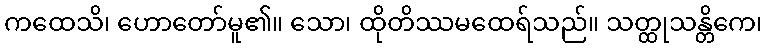
ကထေသိ၊ ဟောတော်မူ၏။ သော၊ ထိုတိဿမထေရ်သည်။ သတ္ထုသန္တိကေ၊